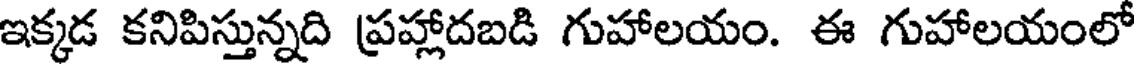
ఇక్కడ కనిపిస్తున్నది ప్రహ్లాదబడి గుహాలయం. ఈ గుహాలయంలో